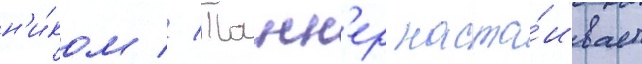
н'и́ком // Танн'ер наста́ивает